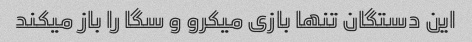
این دستگان تنها بازی میکرو و سگا را باز میکند